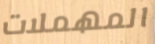
المهملات